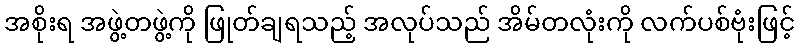
အစိုးရ အဖွဲ့တဖွဲ့ကို ဖြုတ်ချရသည့် အလုပ်သည် အိမ်တလုံးကို လက်ပစ်ဗုံးဖြင့်